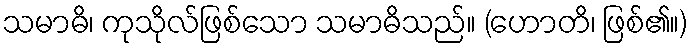
သမာဓိ၊ ကုသိုလ်ဖြစ်သော သမာဓိသည်။ (ဟောတိ၊ ဖြစ်၏။)